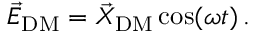
\vec { E } _ { \mathrm { D M } } = \vec { X } _ { \mathrm { D M } } \cos ( \omega t ) \, .